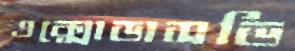
এক্সোডাসভি